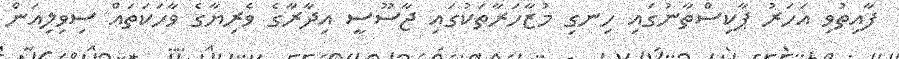
ފާއިތުވި އަހަރު ޕާކިސްތާނުގައި ހިނގި މުޒާހަރާތަކުގައި ޖާސޫސީ އިދާރާގެ ވެރިޔާގެ ވާހަކަތައް ސިވިލިއަން